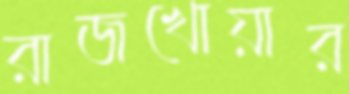
রাজখোয়ার